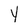
Character: Y